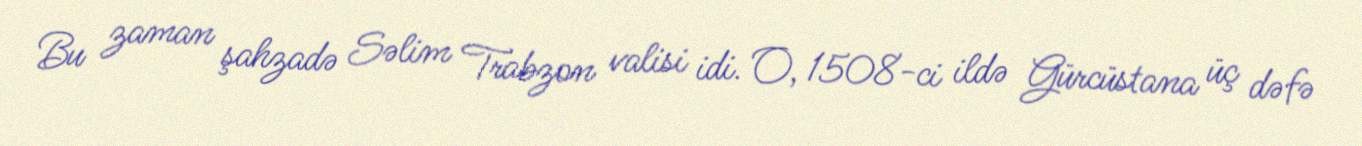
Bu zaman şahzadə Səlim Trabzon valisi idi. O, 1508-ci ildə Gürcüstana üç dəfə